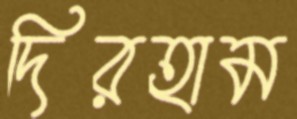
দিরহাম